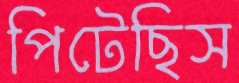
পিটেছিস